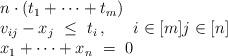
LaTeX: \begin{align*} \begin{array}{ll@{}ll} & \displaystyle n \cdot (t_{1} + \dots + t_{m}) & \\ & \displaystyle v_{ij} - x_j \ \leq \ t_i \,, & i\in[m] j\in[n] \\ & \displaystyle x_{1} + \dots + x_{n} \ = \ 0 & \end{array} \end{align*}